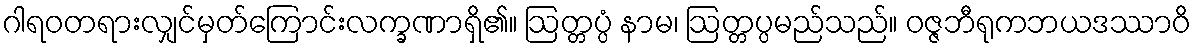
ဂါရဝတရားလျှင်မှတ်ကြောင်းလက္ခဏာရှိ၏။ ဩတ္တပ္ပံ နာမ၊ ဩတ္တပ္ပမည်သည်။ ဝဇ္ဇဘီရုကဘယဒဿာဝိ